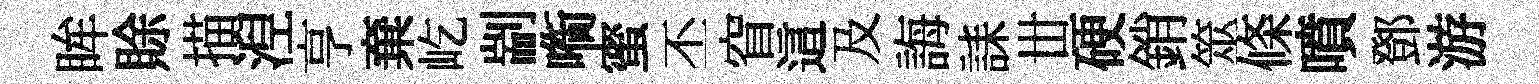
眸賖描湼亨棄屹剬㗸蜜丕窅這及誨誄丗硬銷筮條噴鄧游